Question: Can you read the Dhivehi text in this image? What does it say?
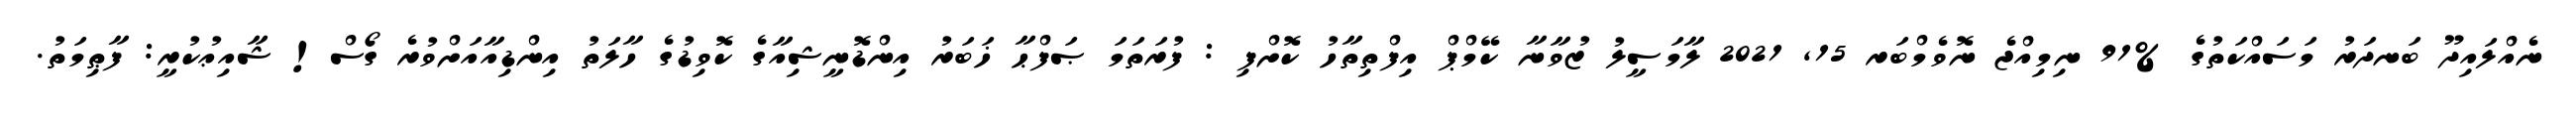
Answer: ނެއްލައިދޫ ބަނދަރު މަސައްކަތުގެ %91 ނިމިއްޖެ ނޮވެމްބަރ 15, 2021 ލާމަސީލު ޒުވާނާ ކޭމްޕް އިފްތިތާހު ކޮށްފި : ފުރަތަމަ ޞަފްޙާ ޚަބަރު އިންޑޮނީޝިއާގެ ކޮވިޑުގެ ހާލަތު އިންޑިއާއަށްވުރެ ގޯސް! ޝާއިޢުކުރީ: ފާޠިމަތު.